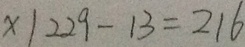
x \vert 2 2 9 - 1 3 = 2 1 6